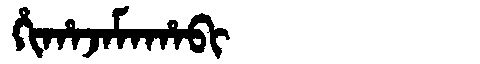
Manchu: ᡥᡳᡥᠠᠵᠠᠮᠠᡥᠠᠪᡳ
Romanization: HIHAJAMAHABI